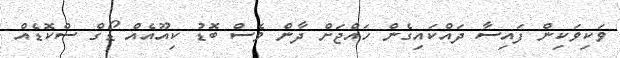
ވަކިވަކިން ފައިސާ ދައްކައިގެން ހައްޖަށް ދާން ވެސް ބޮޑު ކިއޫއެއް ޑޯގް ސްކޮޑެއް